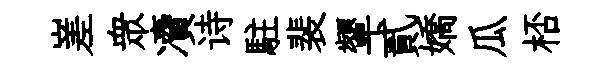
嵳衆凟诗駐裴顰貳嬌瓜桮